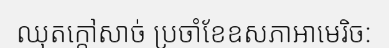
ឈុតក្តៅសាច់ ប្រចាំខែឧសភាអាមេរិច: